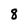
Character: 8